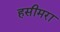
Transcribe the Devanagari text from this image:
हसीमरा